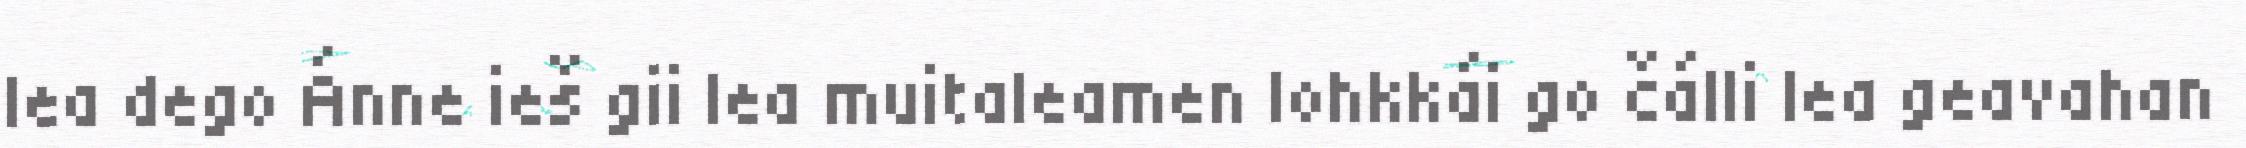
lea dego Ánne ieš gii lea muitaleamen lohkkái go čálli lea geavahan